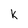
Character: K